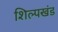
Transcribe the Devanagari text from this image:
शिल्पखंड